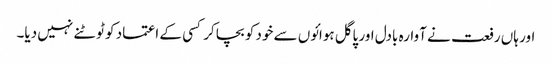
اور ہاں رفعت نے آوارہ بادل اور پاگل ہوائوں سے خود کو بچا کر کسی کے اعتماد کو ٹوٹنے نہیں دیا۔